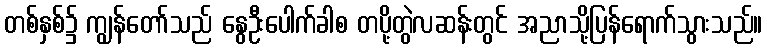
တစ်နှစ်၌ ကျွန်တော်သည် နွေဦးပေါက်ခါစ တပို့တွဲလဆန်းတွင် အညာသို့ပြန်ရောက်သွားသည်။